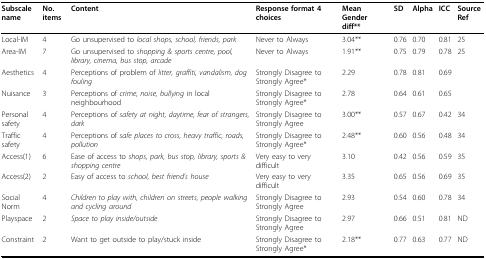
| Subscale name | No. items | Content | Response format 4 choices | Mean Gender diff** | SD | Alpha | ICC | Source Ref |
 | --- | --- | --- | --- | --- | --- | --- | --- | --- |
 | Local-IM | 4 | Go unsupervised to local shops, school, friends, park | Never to Always | 3.04** | 0.76 | 0.70 | 0.81 | 25 |
 | Area-IM | 7 | Go unsupervised to shopping & sports centre, pool, library, cinema, bus stop, arcade | Never to Always | 1.91** | 0.75 | 0.79 | 0.78 | 25 |
 | Aesthetics | 4 | Perceptions of problem of litter, graffiti, vandalism, dog fouling | Strongly Disagree to Strongly Agree* | 2.29 | 0.78 | 0.81 | 0.69 |  |
 | Nuisance | 3 | Perceptions of crime, noise, bullying in local neighbourhood | Strongly Disagree to Strongly Agree* | 2.78 | 0.64 | 0.61 | 0.65 |  |
 | Personal safety | 4 | Perceptions of safety at night, daytime, fear of strangers, dark | Strongly Disagree to Strongly Agree | 3.00** | 0.57 | 0.67 | 0.42 | 34 |
 | Traffic safety | 4 | Perceptions of safe places to cross, heavy traffic, roads, pollution | Strongly Disagree to Strongly Agree* | 2.48** | 0.60 | 0.56 | 0.48 | 34 |
 | Access(1) | 6 | Ease of access to shops, park, bus stop, library, sports & shopping centre | Very easy to very difficult | 3.10 | 0.42 | 0.56 | 0.59 | 35 |
 | Access(2) | 2 | Easy of access to school, best friend's house | Very easy to very difficult | 3.35 | 0.65 | 0.56 | 0.69 | 35 |
 | Social Norm | 4 | Children to play with, children on streets, people walking and cycling around | Strongly Disagree to Strongly Agree | 2.93 | 0.54 | 0.60 | 0.78 | 34 |
 | Playspace | 2 | Space to play inside/outside | Strongly Disagree to Strongly Agree | 2.97 | 0.66 | 0.51 | 0.81 | ND |
 | Constraint | 2 | Want to get outside to play/stuck inside | Strongly Disagree to Strongly Agree* | 2.18** | 0.77 | 0.63 | 0.77 | ND |